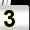
Digit: 3